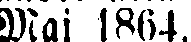
Maj 1864.